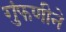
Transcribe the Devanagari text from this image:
गुंफणीने